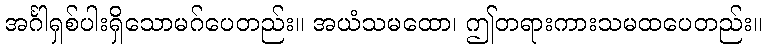
အင်္ဂါရှစ်ပါးရှိသောမဂ်ပေတည်း။ အယံသမထော၊ ဤတရားကားသမထပေတည်း။